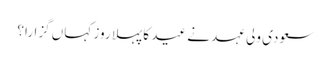
سعودی ولی عہد نے عید کا پہلا روز کہاں گزارا؟